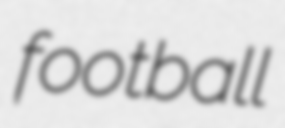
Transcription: football